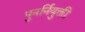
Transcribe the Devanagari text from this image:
पुनर्नियुक्ती